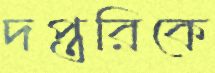
দপ্তরিকে